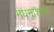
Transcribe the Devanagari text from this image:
मधमाशांचा